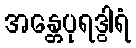
အန္တေပုရဒွါရံ